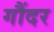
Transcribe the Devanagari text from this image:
गौंदर